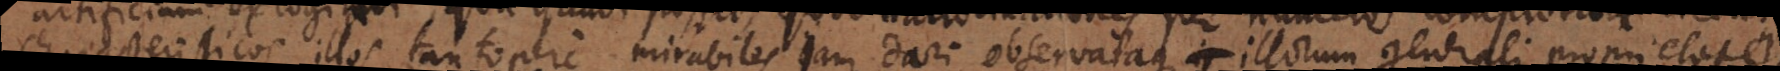
Characteristicos illos tantopere mirabiles jam dari observataque illorum generali proprietate